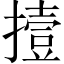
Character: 撎